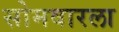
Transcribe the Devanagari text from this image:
सोमवारला